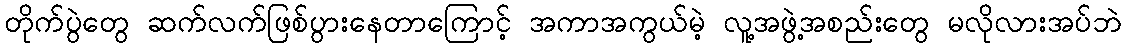
တိုက်ပွဲတွေ ဆက်လက်ဖြစ်ပွားနေတာကြောင့် အကာအကွယ်မဲ့ လူ့အဖွဲ့အစည်းတွေ မလိုလားအပ်ဘဲ